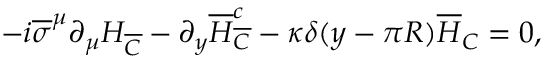
- i \overline { { \sigma } } ^ { \mu } \partial _ { \mu } H _ { \overline { { C } } } - \partial _ { y } \overline { { H } } _ { \overline { { C } } } ^ { c } - \kappa \delta ( y - \pi R ) \overline { { H } } _ { C } = 0 , \nonumber